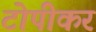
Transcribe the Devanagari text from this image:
टोपीकर